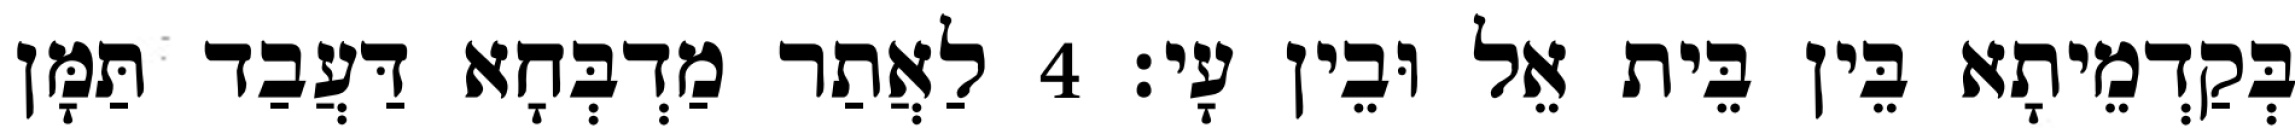
בְּקַדְמֵיתָא בֵּין בֵּית אֵל וּבֵין עָי׃ 4 לַאֲתַר מַדְבְּחָא דַּעֲבַד תַּמָּן